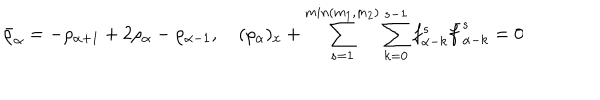
\bar { \rho } _ { \alpha } = - \rho _ { \alpha + 1 } + 2 \rho _ { \alpha } - \rho _ { \alpha - 1 } , \quad ( \rho _ { \alpha } ) _ { x } + \sum _ { s = 1 } ^ { m i n ( m _ { 1 } , m _ { 2 } ) } \sum _ { k = 0 } ^ { s - 1 } f _ { \alpha - k } ^ { s } \bar { f } _ { \alpha - k } ^ { s } = 0